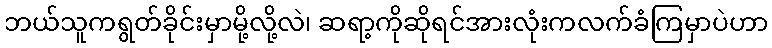
ဘယ်သူကရွတ်ခိုင်းမှာမို့လို့လဲ၊ ဆရာ့ကိုဆိုရင်အားလုံးကလက်ခံကြမှာပဲဟာ